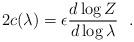
LaTeX: \begin{align*}2c(\lambda)=\epsilon{d\log Z\over d\log\lambda}~~.\end{align*}